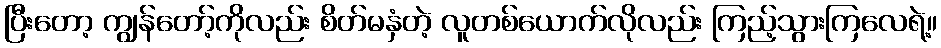
ပြီးတော့ ကျွန်တော့်ကိုလည်း စိတ်မနှံတဲ့ လူတစ်ယောက်လိုလည်း ကြည့်သွားကြလေရဲ့။